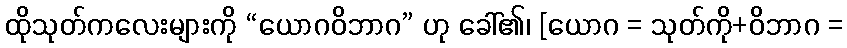
ထိုသုတ်ကလေးများကို “ယောဂဝိဘာဂ” ဟု ခေါ်၏၊ [ယောဂ = သုတ်ကို+ဝိဘာဂ =